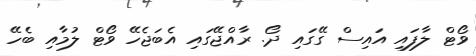
ވޯޓް ލާފައި އައިސް ގޭގައި ދޯ. ރާއްޖޭގައި އެބަޖެހޭ ވޯޓް ލުމާއި ބެހޭ